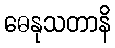
ဓေနုသတာနိ